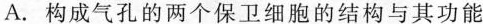
A.构成气孔的两个保卫细胞的结构与其功能